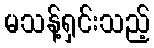
မသန့်ရှင်းသည့်